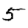
Digit: 5